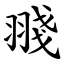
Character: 䎒